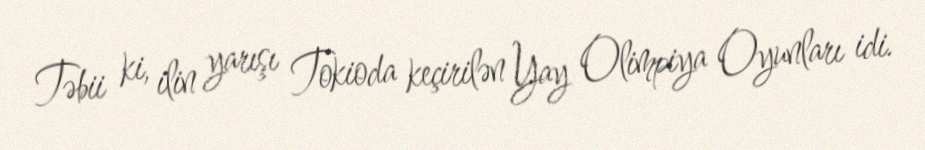
Təbii ki, ilin yarışı Tokioda keçirilən Yay Olimpiya Oyunları idi.